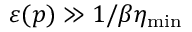
{ \varepsilon ( \v { p } ) \gg 1 / \beta \eta _ { \mathrm { m i n } } }